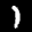
Label: 1